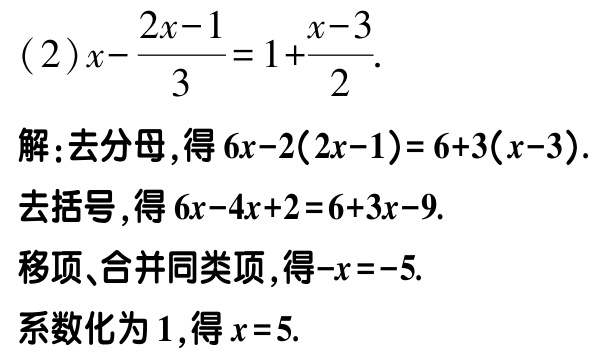
(2)\(x - \frac{2x - 1}{3}=1+\frac{x - 3}{2}\).

解:去分母,得\(6x - 2(2x - 1)=6 + 3(x - 3)\).

去括号,得\(6x - 4x + 2=6 + 3x - 9\).

移项、合并同类项,得\(-x=-5\).

系数化为\(1\),得\(x = 5\).